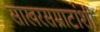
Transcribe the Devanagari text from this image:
साखरसम्राटांशी